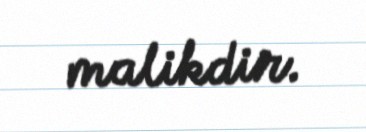
malikdir.